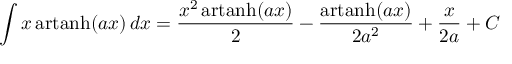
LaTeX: \int x \operatorname { a r t a n h } ( a x ) \, d x = { \frac { x ^ { 2 } \operatorname { a r t a n h } ( a x ) } { 2 } } - { \frac { \operatorname { a r t a n h } ( a x ) } { 2 a ^ { 2 } } } + { \frac { x } { 2 a } } + C